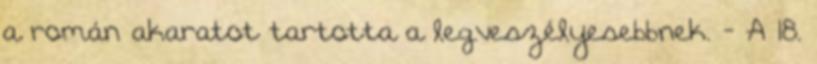
a román akaratot tartotta a legveszélyesebbnek. - A 18.